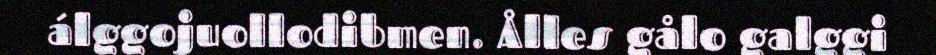
álggojuollodibmen. Ålles gålo galggi